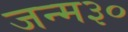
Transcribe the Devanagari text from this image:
जन्म३०